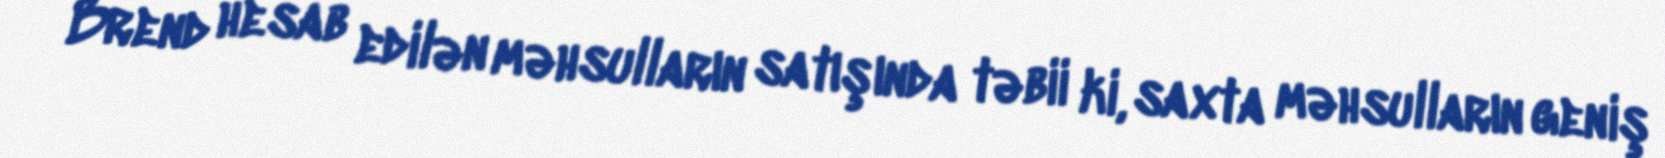
Brend hesab edilən məhsulların satışında təbii ki, saxta məhsulların geniş